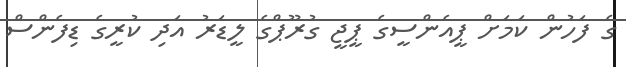
ގެ ފަހުން ކަމަށް ޕީއެންސީގެ ޕީޖީ ގުރޫޕްގެ ލީޑަރު އަދި ކުރީގެ ޑިފެންސް